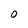
Character: 0